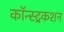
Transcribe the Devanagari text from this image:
कॉन्स्ट्रकशन